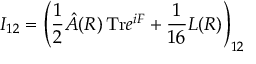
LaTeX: I _ { 1 2 } = \left( { \frac { 1 } { 2 } } \hat { A } ( R ) \, \mathrm { T r } e ^ { i F } + { \frac { 1 } { 1 6 } } L ( R ) \right) _ { 1 2 }